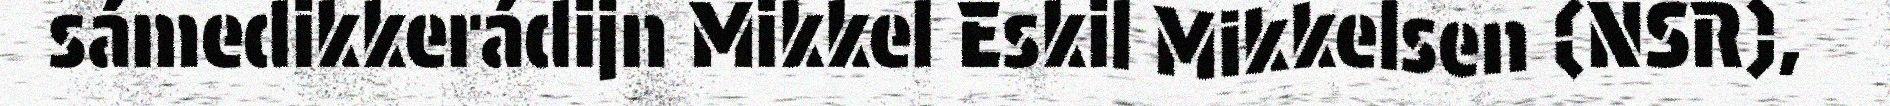
sámedikkerádijn Mikkel Eskil Mikkelsen (NSR),